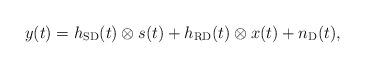
LaTeX: \begin{align*}y(t) &= h_{\rm SD}(t) \otimes s(t) + h_{\rm RD}(t) \otimes x(t) + n_{\rm D}(t),\end{align*}